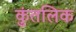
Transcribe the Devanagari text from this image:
कुंतलिक